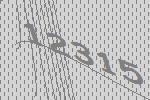
12315